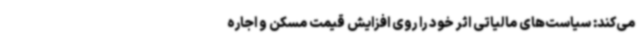
می‌کند: سیاست‌های مالیاتی اثر خود را روی افزایش قیمت مسکن و اجاره